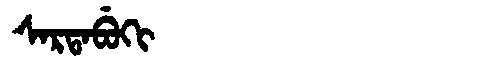
Manchu: ᠰᠠᡵᡨᠠᠪᡠᡴᡳ
Romanization: SARTABUKI